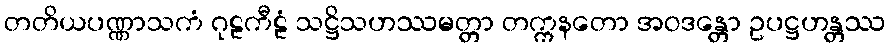
တတိယပဏ္ဏာသကံ ဂုဠကီဠံ သဋ္ဌိသဟဿမတ္တာ တက္ကနတော အဝဒန္တော ဥပဋ္ဌဟန္တဿ